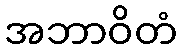
အဘာဝိတံ